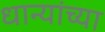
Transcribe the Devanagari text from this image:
धान्यांच्या